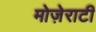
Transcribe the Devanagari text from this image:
मोज़ेराटी